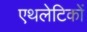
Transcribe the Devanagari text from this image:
एथलेटिकों